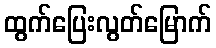
ထွက်ပြေးလွတ်မြောက်